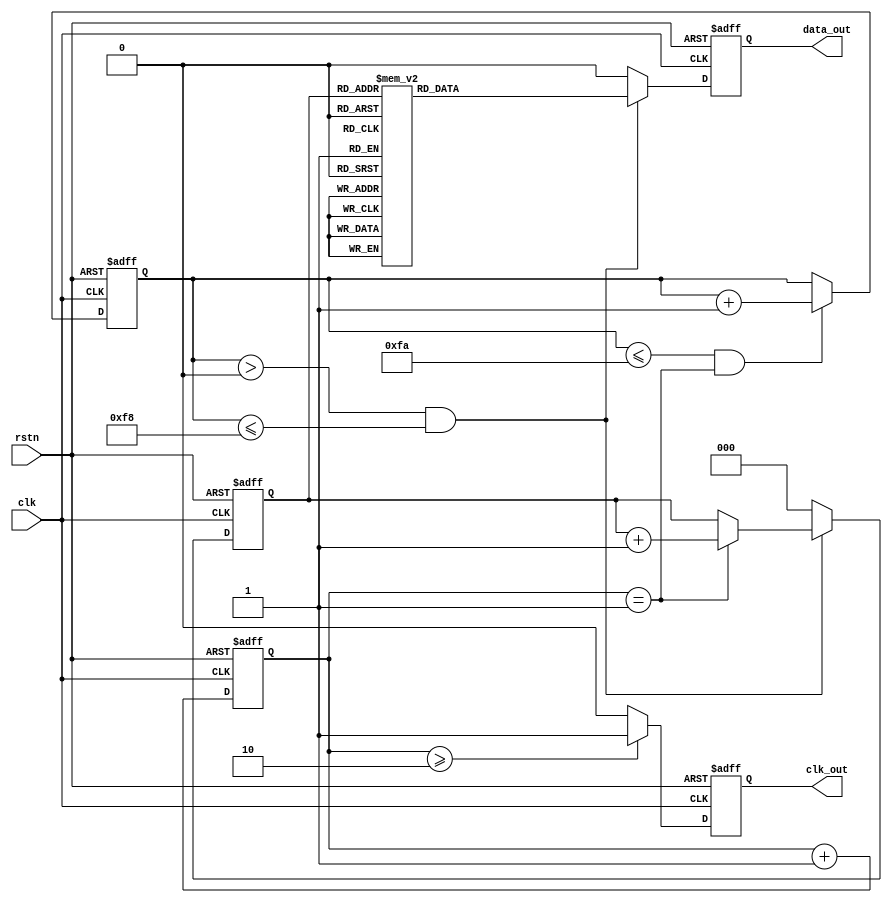
module check422_tx (
                    clk,
					rstn,
					clk_out,
					data_out
					);

input         clk;
input         rstn;
output        clk_out;
output        data_out;

parameter [7:0] word = 8'h3c;

reg [1:0] clk_cnt;
reg clk_10M;

always @(posedge clk or negedge rstn)
begin
     if (!rstn)
	    clk_cnt <= 2'b0;
	 else
	    clk_cnt <= clk_cnt + 1'b1;
end

always @(posedge clk or negedge rstn)
begin
     if (!rstn)
	    clk_10M <= 1'b0;
	 else if (clk_cnt >= 2'd2)
	    clk_10M <= 1'b1;
	 else
	    clk_10M <= 1'b0;
end

reg [7:0] ctrl_cnt;

always @(posedge clk or negedge rstn)
begin
     if (!rstn)
	    ctrl_cnt <= 8'd0;
	 else if (ctrl_cnt <= 8'd250 && clk_cnt == 2'd1)
	    ctrl_cnt  <= ctrl_cnt + 1'b1;
end

reg [2:0] shift_cnt;

always @(posedge clk or negedge rstn)
begin
     if (!rstn)
	    shift_cnt <= 3'd0;
	 else if (ctrl_cnt > 8'd0 && ctrl_cnt <= 8'd248)
	    begin
		if (clk_cnt == 2'd1)
		shift_cnt <= shift_cnt + 1'b1;
		end
	 else
	    shift_cnt <= 3'd0;
end

reg data_out;

always @(posedge clk or negedge rstn)
begin
     if (!rstn)
	    data_out <= 1'b0;
	 else if (ctrl_cnt > 8'd0 && ctrl_cnt <= 8'd248)
	    case(shift_cnt)
		3'd1: data_out <= word[7];
		3'd2: data_out <= word[6];
		3'd3: data_out <= word[5];
		3'd4: data_out <= word[4];
		3'd5: data_out <= word[3];
		3'd6: data_out <= word[2];
		3'd7: data_out <= word[1];
		3'd0: data_out <= word[0];
		endcase
	 else
	    data_out <= 1'b0;
end

assign clk_out = clk_10M;

endmodule